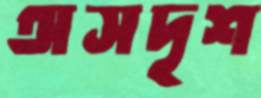
অসদৃশ